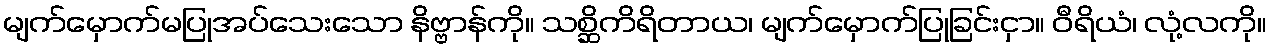
မျက်မှောက်မပြုအပ်သေးသော နိဗ္ဗာန်ကို။ သစ္ဆိကိရိတာယ၊ မျက်မှောက်ပြုခြင်းငှာ။ ဝီရိယံ၊ လုံ့လကို။